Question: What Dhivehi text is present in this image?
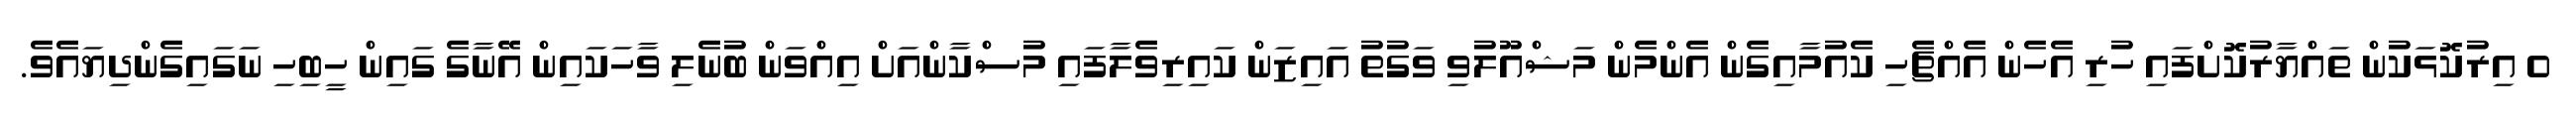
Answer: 0 އިރުކޮޅަކުން ތައްޔާރުކޮށްފައި ހުރި އެހެން އެއްޗެހި ކެއުމާއިގެން އެންމެން މަޝްއޫލުވި ވަގުތު އައިޒަން ކައިރިވެލާފައި މުސްކާންއަށް އިއްވަން ބުނެލި ވާހަކައިން އޭނާގެ ގައިން ހީބިހި ނަގައިގެންދިޔައެވެ.